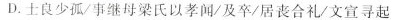
D.士良少孤/事继母梁氏以孝闻/及卒/居丧合礼/文宣寻起